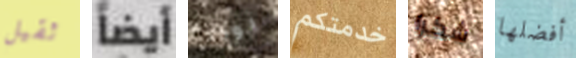
ثقيل أيضاً يوجد خدمتكم شكرا أفضلها